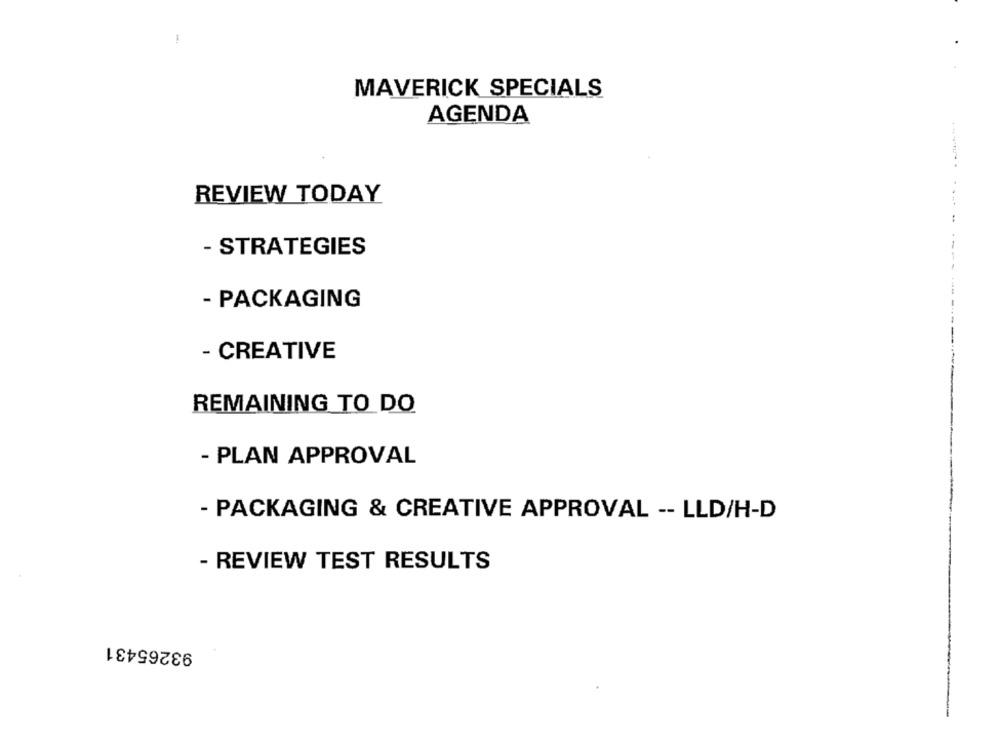
MAVERICK SPECIALS
AGENDA
REVIEW TODAY
- STRATEGIES
- PACKAGING
- CREATIVE
REMAINING TO DO
- PLAN APPROVAL
- PACKAGING & CREATIVE APPROVAL -- LLD/H-D
- REVIEW TEST RESULTS
93265431